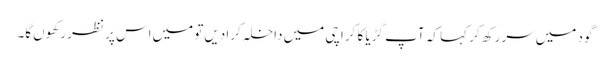
گود میں‌سر رکھ کر کہا کہ آپ گڑیا کا کراچی میں‌داخلہ کرا دیں‌تو میں‌اس پر نظر رکھوں‌گا۔